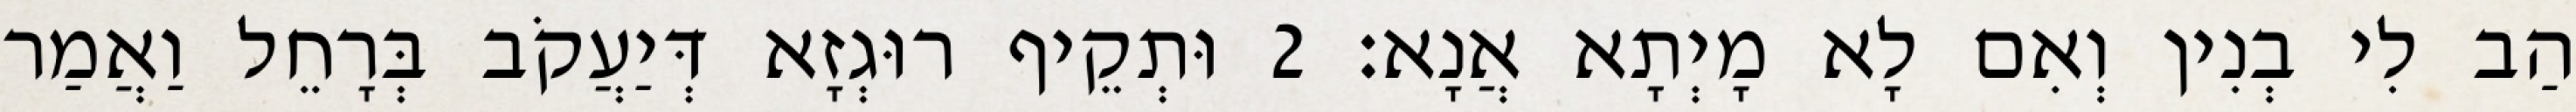
הַב לִי בְנִין וְאִם לָא מָיְתָא אֲנָא׃ 2 וּתְקֵיף רוּגְזָא דְּיַעֲקֹב בְּרָחֵל וַאֲמַר